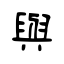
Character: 與